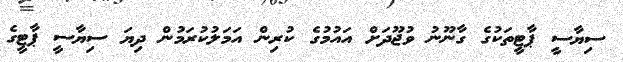
ސިޔާސީ ޕާޓީތަކުގެ ގާނޫނު ވުޖޫދަށް އައުމުގެ ކުރިން އަމަލުކުރަމުން ދިޔަ ސިޔާސީ ޕާޓީގެ